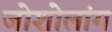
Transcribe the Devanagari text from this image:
जोशोलांग